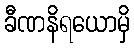
ခီဏနိရယောမှိ